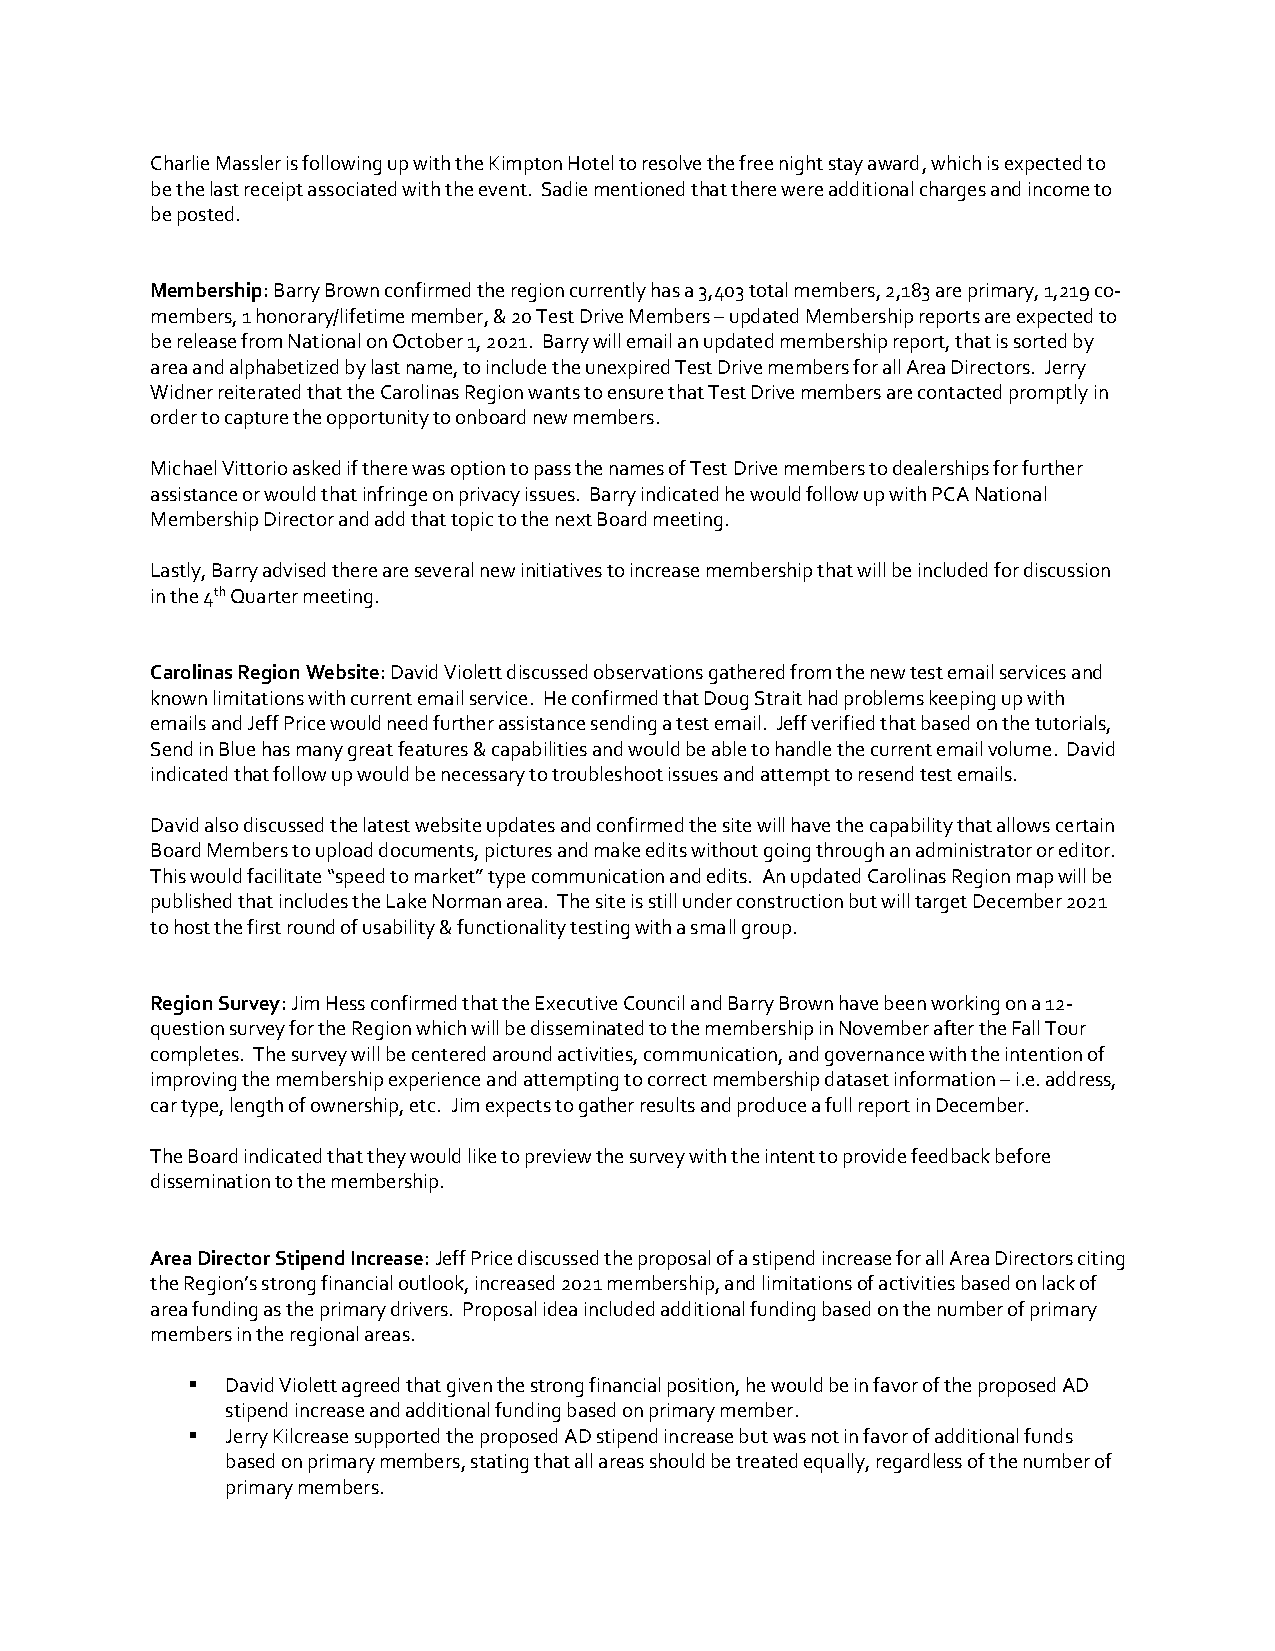
Charlie Massler is following up with the Kimpton Hotel to resolve the free night stay award, which is expected to
 be the last receipt associated with the event. Sadie mentioned that there were additional charges and income to
 be posted.
 Membership: Barry Brown confirmed the region currently has a 3,403 total members, 2,183 are primary, 1,219 co-
 members, 1 honorary/lifetime member, & 20 Test Drive Members – updated Membership reports are expected to
 be release from National on October 1, 2021. Barry will email an updated membership report, that is sorted by
 area and alphabetized by last name, to include the unexpired Test Drive members for all Area Directors. Jerry
 Widner reiterated that the Carolinas Region wants to ensure that Test Drive members are contacted promptly in
 order to capture the opportunity to onboard new members.
 Michael Vittorio asked if there was option to pass the names of Test Drive members to dealerships for further
 assistance or would that infringe on privacy issues. Barry indicated he would follow up with PCA National
 Membership Director and add that topic to the next Board meeting.
 Lastly, Barry advised there are several new initiatives to increase membership that will be included for discussion
 in the 4th Quarter meeting.
 Carolinas Region Website: David Violett discussed observations gathered from the new test email services and
 known limitations with current email service. He confirmed that Doug Strait had problems keeping up with
 emails and Jeff Price would need further assistance sending a test email. Jeff verified that based on the tutorials,
 Send in Blue has many great features & capabilities and would be able to handle the current email volume. David
 indicated that follow up would be necessary to troubleshoot issues and attempt to resend test emails.
 David also discussed the latest website updates and confirmed the site will have the capability that allows certain
 Board Members to upload documents, pictures and make edits without going through an administrator or editor.
 This would facilitate “speed to market” type communication and edits. An updated Carolinas Region map will be
 published that includes the Lake Norman area. The site is still under construction but will target December 2021
 to host the first round of usability & functionality testing with a small group.
 Region Survey: Jim Hess confirmed that the Executive Council and Barry Brown have been working on a 12-
 question survey for the Region which will be disseminated to the membership in November after the Fall Tour
 completes. The survey will be centered around activities, communication, and governance with the intention of
 improving the membership experience and attempting to correct membership dataset information – i.e. address,
 car type, length of ownership, etc. Jim expects to gather results and produce a full report in December.
 The Board indicated that they would like to preview the survey with the intent to provide feedback before
 dissemination to the membership.
 Area Director Stipend Increase: Jeff Price discussed the proposal of a stipend increase for all Area Directors citing
 the Region’s strong financial outlook, increased 2021 membership, and limitations of activities based on lack of
 area funding as the primary drivers. Proposal idea included additional funding based on the number of primary
 members in the regional areas.
 ▪  David Violett agreed that given the strong financial position, he would be in favor of the proposed AD
 stipend increase and additional funding based on primary member.
 ▪  Jerry Kilcrease supported the proposed AD stipend increase but was not in favor of additional funds
 based on primary members, stating that all areas should be treated equally, regardless of the number of
 primary members.